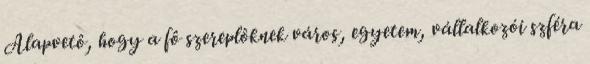
Alapvetô, hogy a fô szereplôknek város, egyetem, vállalkozói szféra